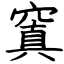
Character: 窴